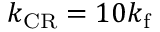
k _ { \mathrm { C R } } = 1 0 k _ { \mathrm { f } }